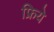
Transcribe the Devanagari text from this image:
फ्रिये